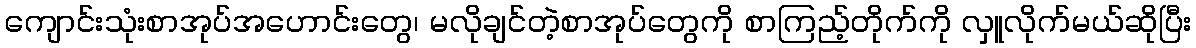
ကျောင်းသုံးစာအုပ်အဟောင်းတွေ၊ မလိုချင်တဲ့စာအုပ်တွေကို စာကြည့်တိုက်ကို လှူလိုက်မယ်ဆိုပြီး